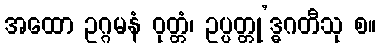
အထော ဥဂ္ဂမနံ ဝုတ္တံ၊ ဥပ္ပတ္တု’ဒ္ဓဂတီသု စ။